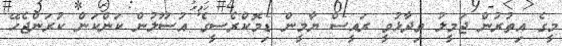
މީގެ އިތުރުން ޖަމީލު ވިދާޅުވީ ރައީސް ޔާމީން ޑިމޮކްރެސީގެ އުސޫލުން ކަންކަން ކުރަންޖެހޭ